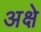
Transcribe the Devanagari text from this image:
अक्षे